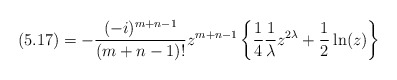
\begin{align*}(5.17)=-\frac {(-i)^{m+n-1}} {(m+n-1)!} z^{m+n-1}\left\{\frac {1} {4}\frac {1} {\lambda} z^{2\lambda} +\frac {1} {2}\ln(z)\right\}\end{align*}